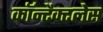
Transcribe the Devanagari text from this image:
कॉन्टैक्टलेस